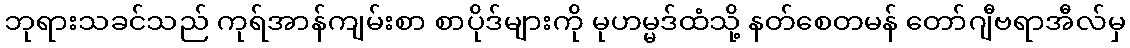
ဘုရားသခင်သည် ကုရ်အာန်ကျမ်းစာ စာပိုဒ်များကို မုဟမ္မဒ်ထံသို့ နတ်စေတမန် တော်ဂျီဗရာအီလ်မှ